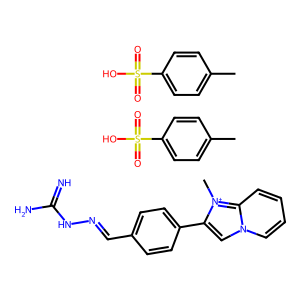
SMILES: C[n+]1c(-c2ccc(C=NNC(=N)N)cc2)cn2ccccc21.Cc1ccc(S(=O)(=O)O)cc1.Cc1ccc(S(=O)(=O)O)cc1
Inhibits HIV replication: No